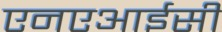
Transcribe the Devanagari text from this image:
एनएआईसी